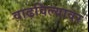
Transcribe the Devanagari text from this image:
वाढविल्यावर